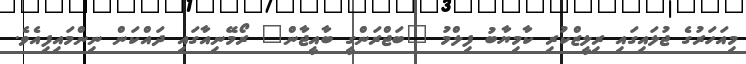
މިއަހަރުގެ ޖުލައިގައި ރިލީޒްކުރި ކާމިޔާބު ފިލްމު "ބަޖްރަންގީ ބާއީޖާން" ރޯމޭނިއާގައި ދައްކަން ނިންމައިފިއެވެ.